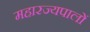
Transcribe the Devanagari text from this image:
महारज्यपालों